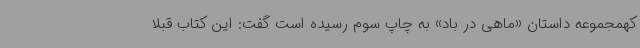
کهمجموعه داستان «ماهی در باد» به چاپ سوم رسیده است گفت: این کتاب قبلا